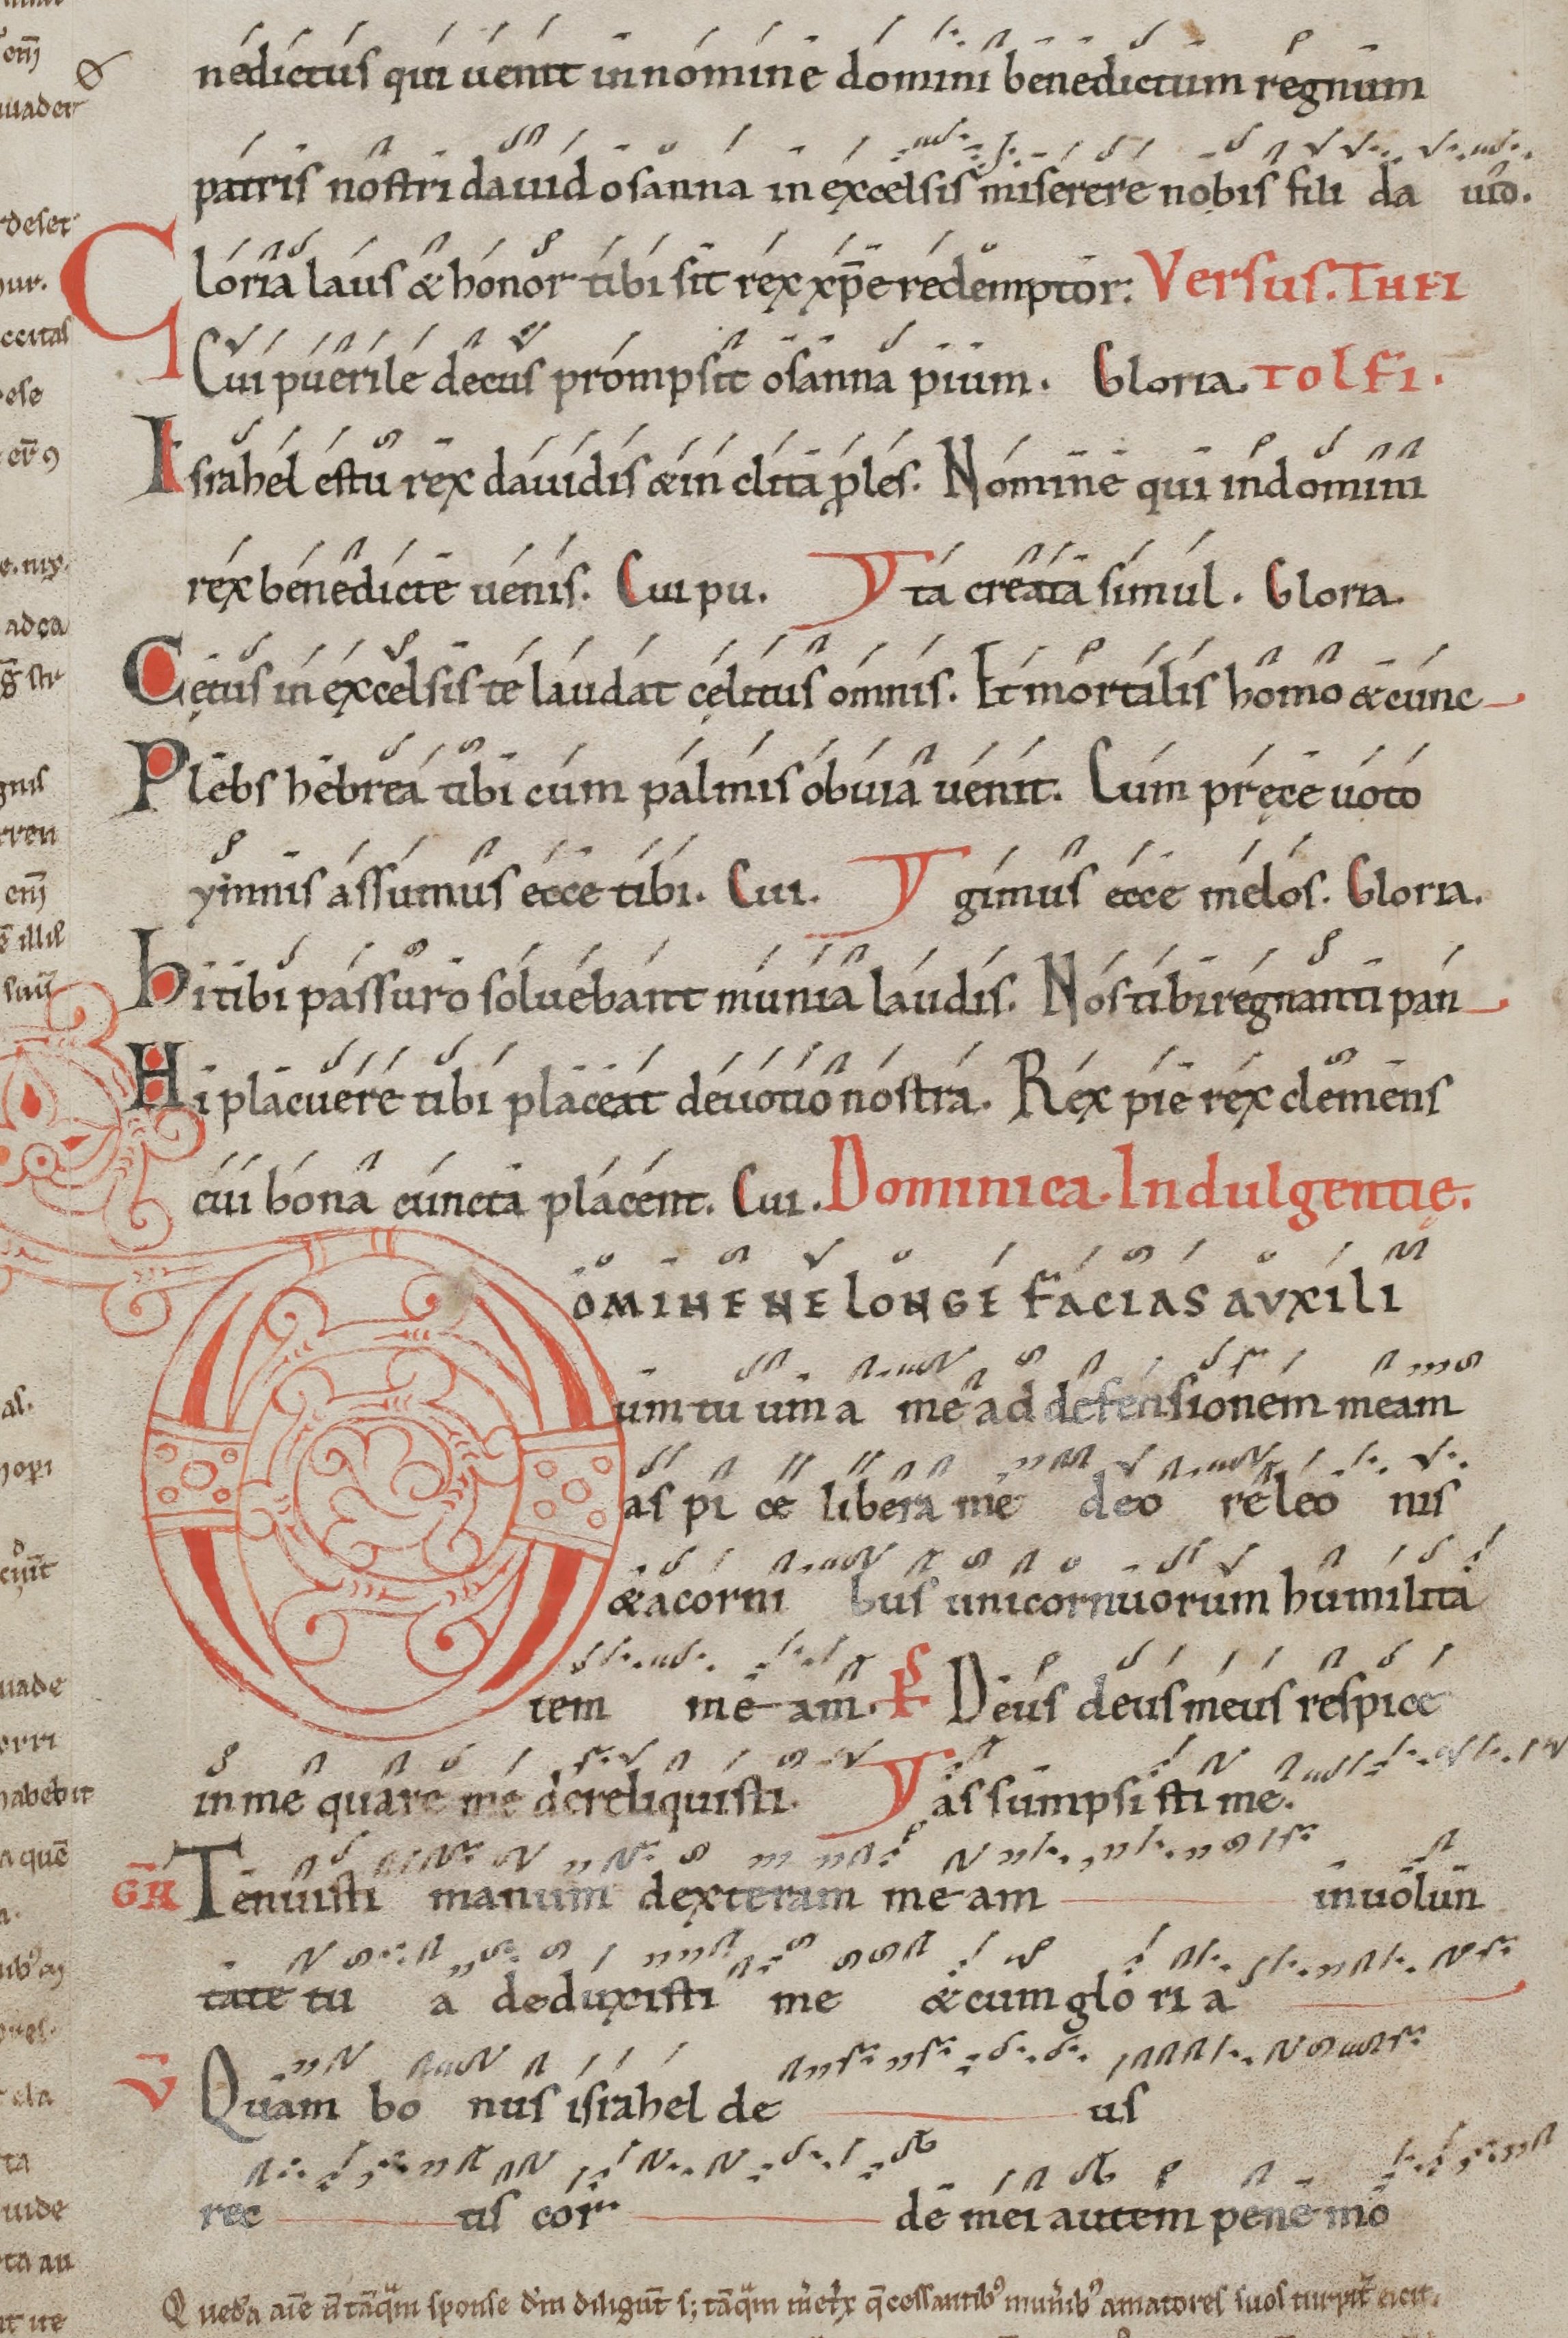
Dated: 1100–1199